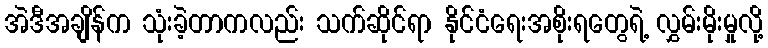
အဲဒီအချိန်က သုံးခဲ့တာကလည်း သက်ဆိုင်ရာ နိုင်ငံရေးအစိုးရတွေရဲ့ လွှမ်းမိုးမှုလို့